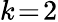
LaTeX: k\! =\! 2